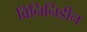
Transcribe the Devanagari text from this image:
विनिनिडीन